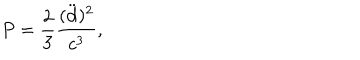
P = { \frac { 2 } { 3 } } { \frac { ( \ddot { \bf d } ) ^ { 2 } } { c ^ { 3 } } } ,